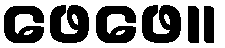
ဖေဖေ။